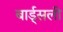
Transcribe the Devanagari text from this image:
बार्ड्सली